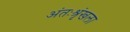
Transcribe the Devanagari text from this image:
अंतःश्रृंखला